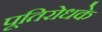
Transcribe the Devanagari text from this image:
पूतिरोधके